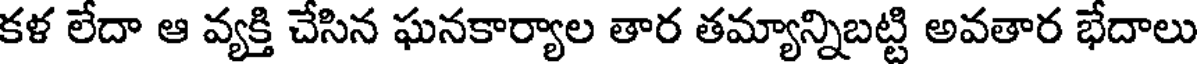
కళ లేదా ఆ వ్యక్తి చేసిన ఘనకార్యాల తార తమ్యాన్నిబట్టి అవతార భేదాలు